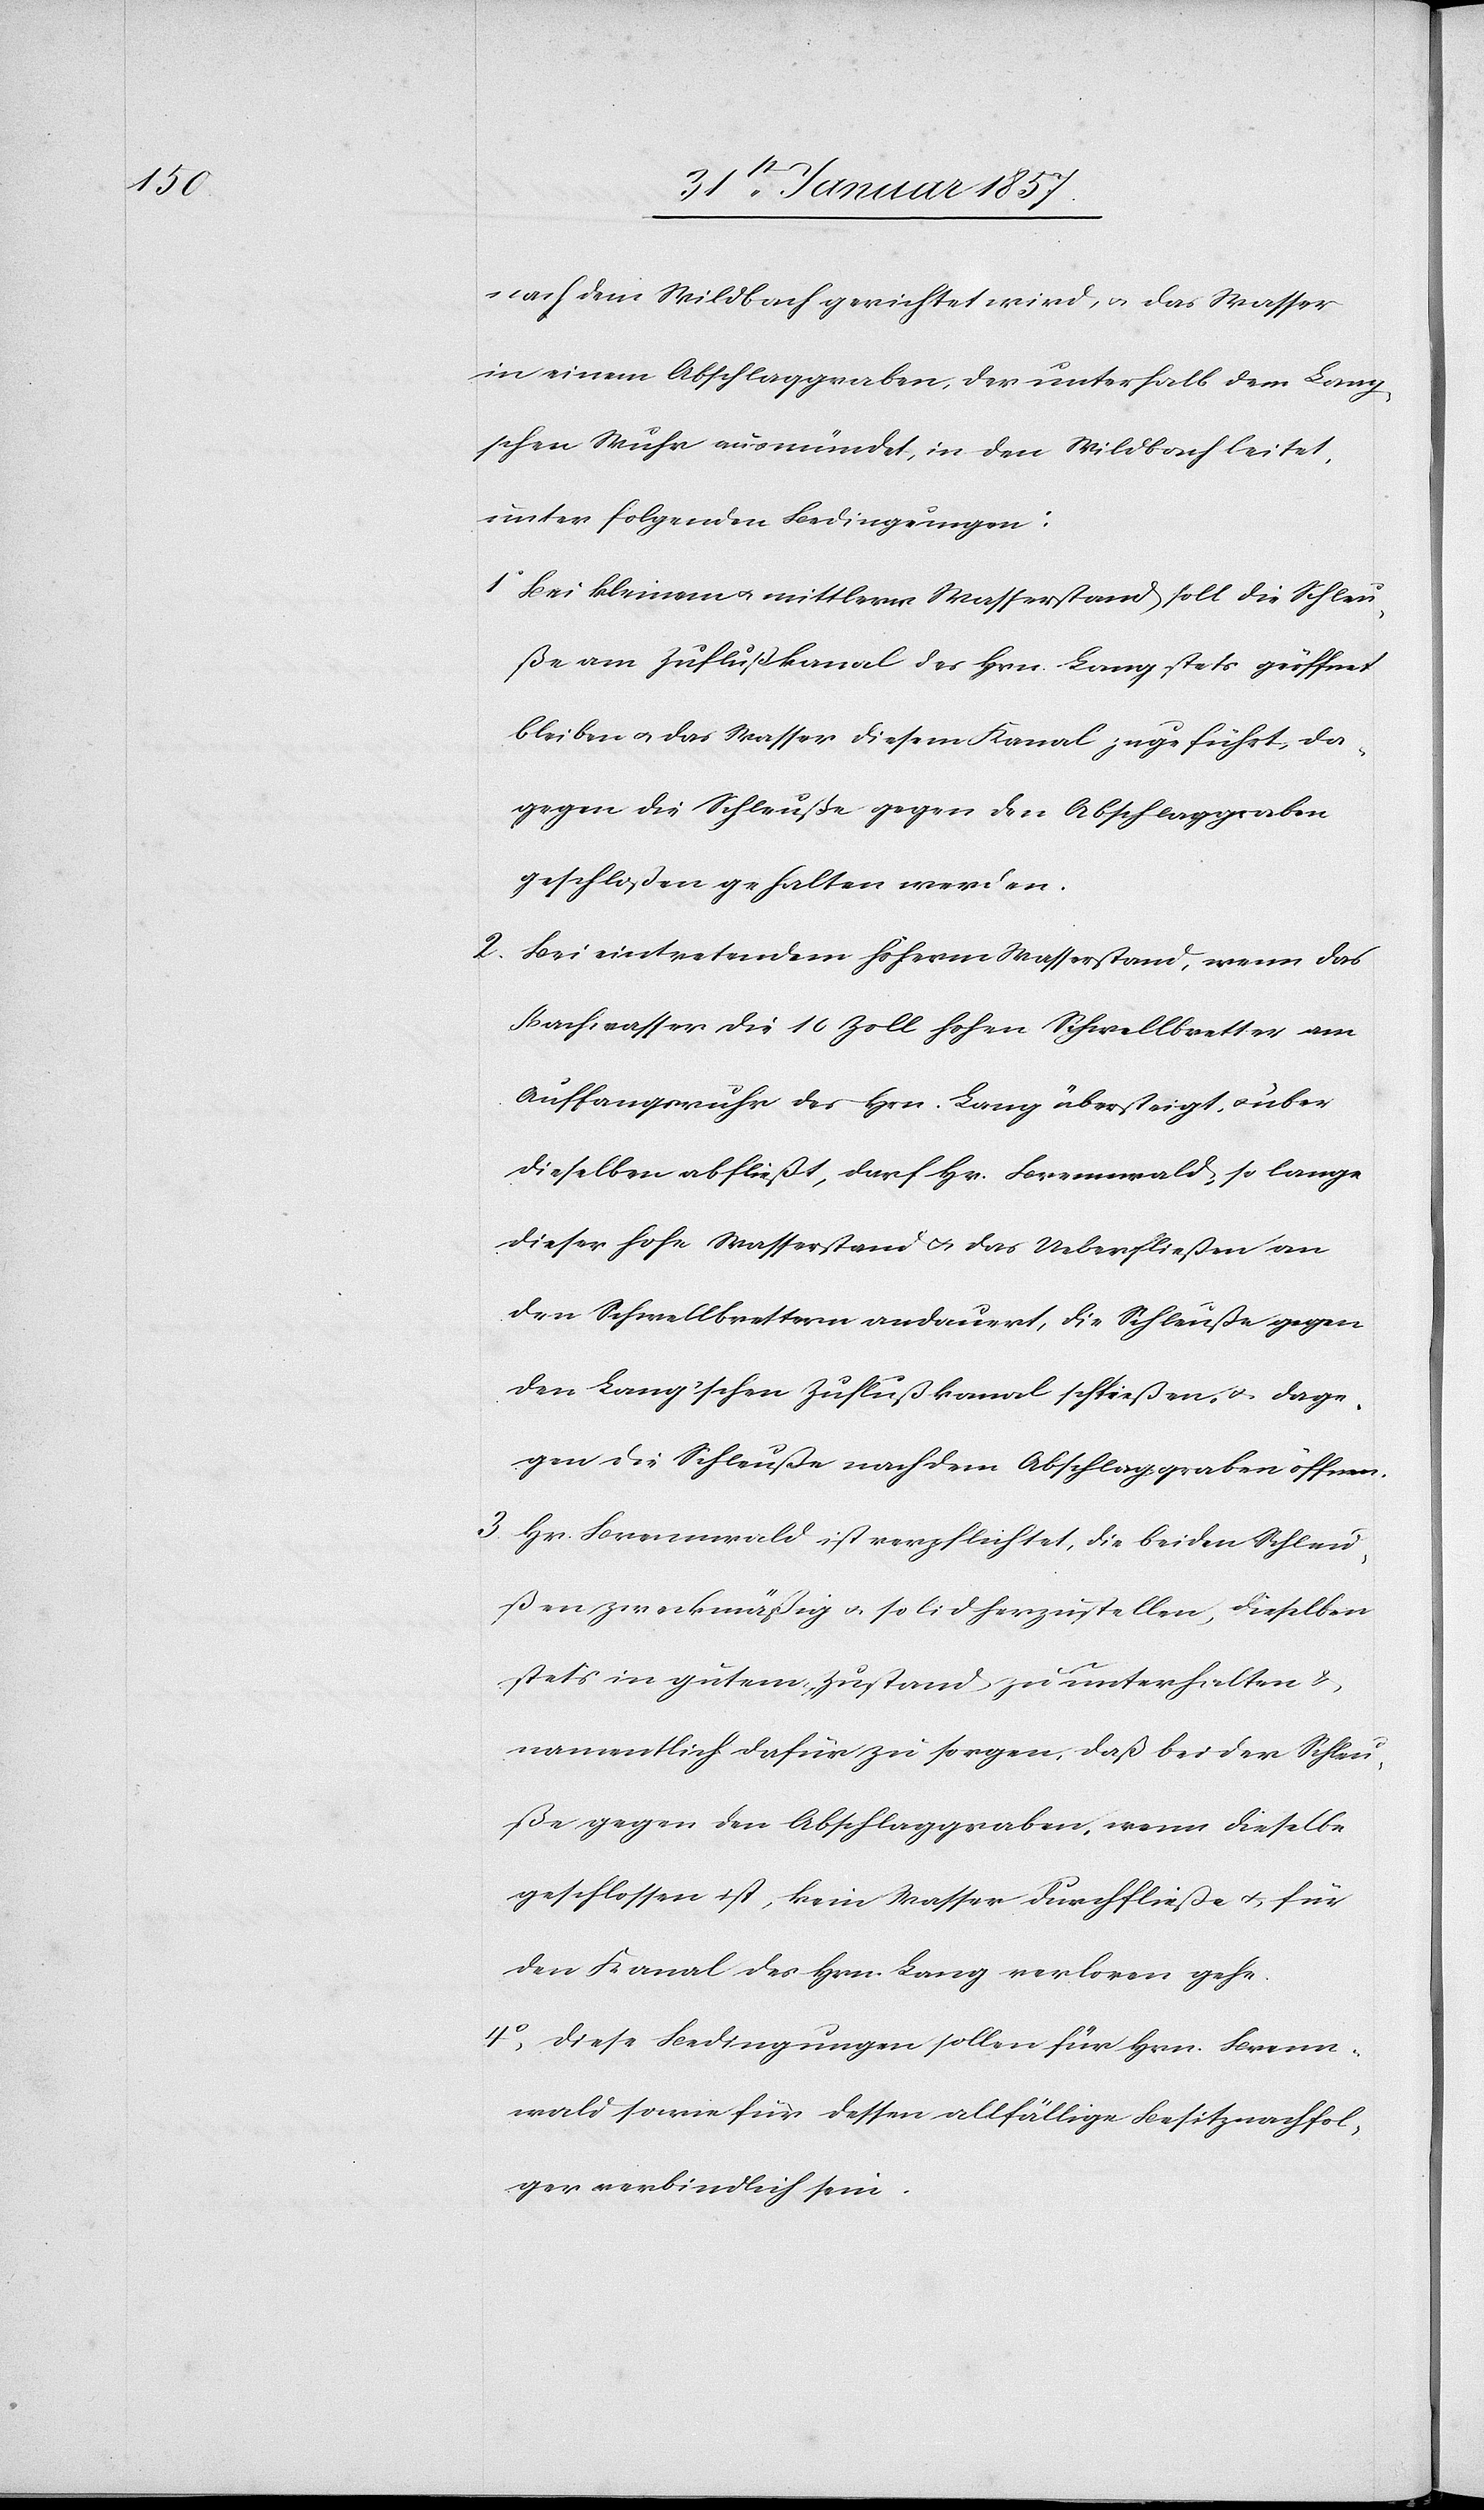
nach dem Wildbach gerichtet wird, & das Wasser
in einem Abschlaggraben, der unterhalb dem Lang¬
schen Wuhr ausmündet, in den Wildbach leitet,
unter folgenden Bedingungen:
1. Bei kleinem u. mittlerm Wasserstand soll die Schleu¬
ße am Zuflußkanal des Hrn. Lang stets geöffnet
bleiben u. das Wasser diesem Kanal zugeführt, da¬
gegen die Schleuße gegen den Abschlaggraben
geschloßen gehalten werden.
2. Bei eintretendem höherm Wasserstand, wenn das
Bachwasser die 10 Zoll hohen Schwellbretter am
Auffangswuhr des Hrn. Lang übersteigt, u. über
dieselben abfließt, durch Hr. Brennwald, so lange
dieser hohe Wasserstand & das Ueberfließen an
den Schwellbrettern andauert, die Schleuße gegen
den Lang'schen Zuflußkanal schließen- & dage¬
gen die Schleuße nach dem Abschlaggraben öffnen.
3. Hr. Brennwald ist verpflichtet, die beiden Schleus¬
en zweckmäßig u. solid herzustellen, dieselben
stets in gutem Zustand zu unterhalten &
namentlich dafür zu sorgen, daß bei der Schleu¬
ße gegen Abschlaggraben, wenn dieselbe
geschlossen ist, kein Wasser durchfließe u. für
den Kanal des Hrn. Lang verloren gehe.
4, Diese Bedingung sollen für Hrn. Brenn¬
wald sowie für dessen allfällige Besitznachfol¬
ger verbindlich sein.